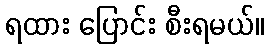
ရထား ပြောင်း စီးရမယ်။